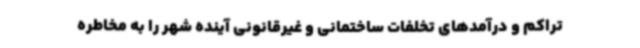
تراکم و درآمدهای تخلفات ساختمانی و غیرقانونی آینده شهر را به مخاطره